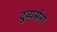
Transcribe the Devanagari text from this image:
दुव्यर्सनों